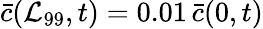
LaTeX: \bar{c}(\mathcal{L}_{99},t)=0.01\, \bar{c}(0,t)